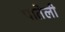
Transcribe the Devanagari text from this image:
पातेली